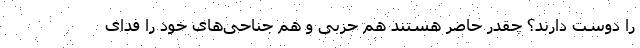
را دوست دارند؟ چقدر حاضر هستند هم حزبی و هم جناحی‌های خود را فدای